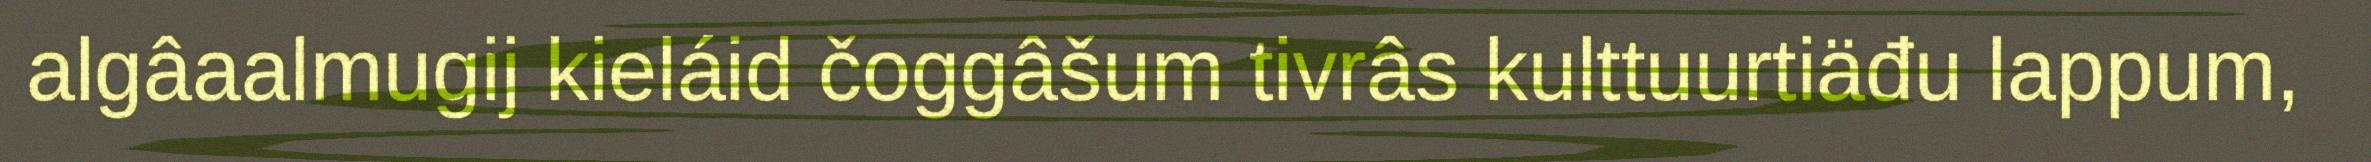
algâaalmugij kieláid čoggâšum tivrâs kulttuurtiäđu lappum,